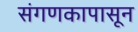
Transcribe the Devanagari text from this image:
संगणकापासून